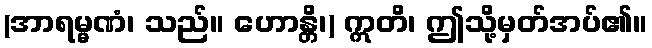
(အာရမ္မဏံ၊ သည်။ ဟောန္တိ၊) ဣတိ၊ ဤသို့မှတ်အပ်၏။